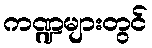
ကဏ္ဍများတွင်